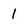
Character: l